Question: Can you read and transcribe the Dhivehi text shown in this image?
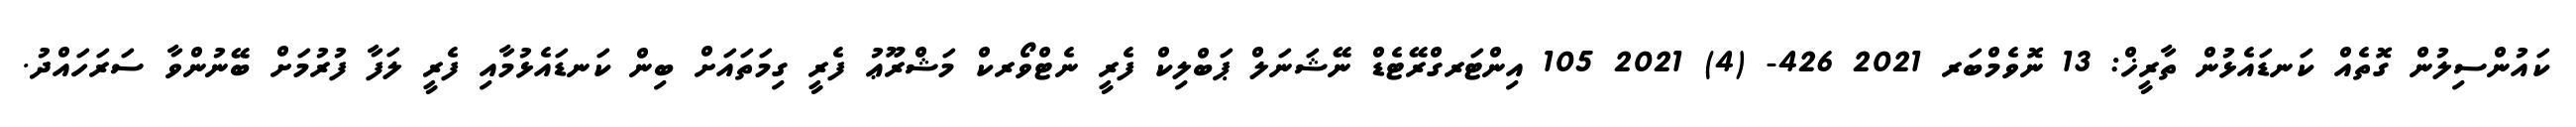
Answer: ކައުންސިލުން ގޮތެއް ކަނޑައެޅުން ތާރީޚް: 13 ނޮވެމްބަރ 2021 426- (4) 2021 105 އިންޓަރގްރޭޓެޑް ނޭޝަނަލް ޕަބްލިކް ފެރީ ނެޓްވޯރކް މަޝްރޫޢު ފެރީ ގިމަތައަށް ބިން ކަނޑައެޅުމާއި ފެރީ ލަފާ ފުރުމަށް ބޭނުންވާ ސަރަހައްދު.